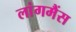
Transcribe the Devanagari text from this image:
लांगमैंस